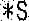
*S